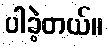
ပါခဲ့တယ်။